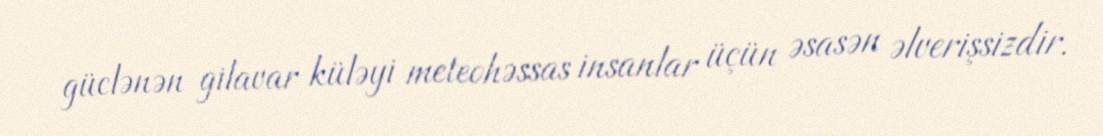
güclənən gilavar küləyi meteohəssas insanlar üçün əsasən əlverişsizdir.